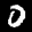
Label: 0